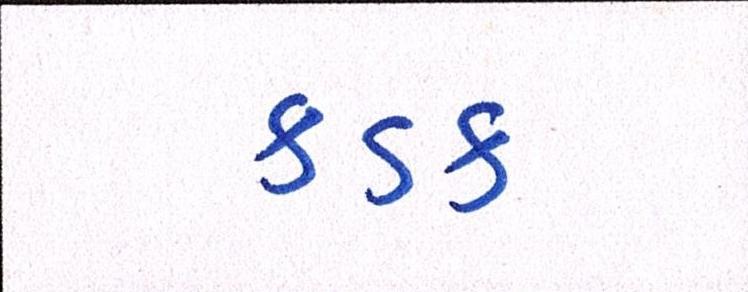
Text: કડક